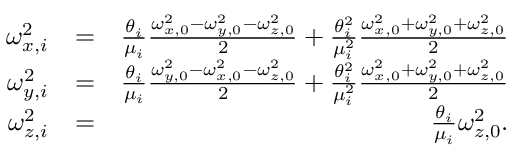
\begin{array} { r l r } { \omega _ { x , i } ^ { 2 } } & { = } & { \frac { \theta _ { i } } { \mu _ { i } } \frac { \omega _ { x , 0 } ^ { 2 } - \omega _ { y , 0 } ^ { 2 } - \omega _ { z , 0 } ^ { 2 } } { 2 } + \frac { \theta _ { i } ^ { 2 } } { \mu _ { i } ^ { 2 } } \frac { \omega _ { x , 0 } ^ { 2 } + \omega _ { y , 0 } ^ { 2 } + \omega _ { z , 0 } ^ { 2 } } { 2 } } \\ { \omega _ { y , i } ^ { 2 } } & { = } & { \frac { \theta _ { i } } { \mu _ { i } } \frac { \omega _ { y , 0 } ^ { 2 } - \omega _ { x , 0 } ^ { 2 } - \omega _ { z , 0 } ^ { 2 } } { 2 } + \frac { \theta _ { i } ^ { 2 } } { \mu _ { i } ^ { 2 } } \frac { \omega _ { x , 0 } ^ { 2 } + \omega _ { y , 0 } ^ { 2 } + \omega _ { z , 0 } ^ { 2 } } { 2 } } \\ { \omega _ { z , i } ^ { 2 } } & { = } & { \frac { \theta _ { i } } { \mu _ { i } } \omega _ { z , 0 } ^ { 2 } \mathrm { . } } \end{array}